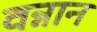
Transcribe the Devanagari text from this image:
वन्नान